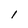
Character: l